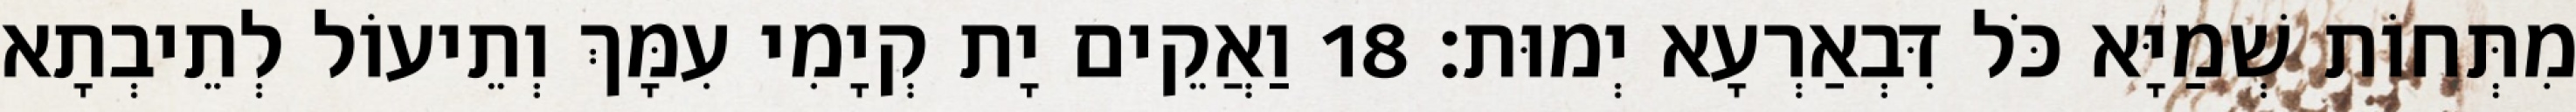
מִתְּחוֹת שְׁמַיָּא כֹּל דִּבְאַרְעָא יְמוּת׃ 18 וַאֲקֵים יָת קְיָמִי עִמָּךְ וְתֵיעוֹל לְתֵיבְתָא